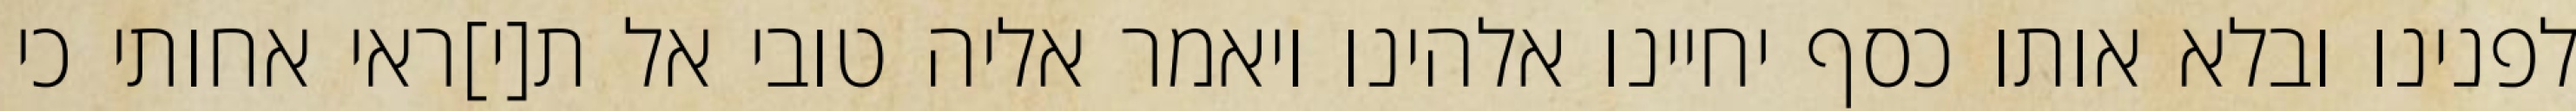
לפנינו ובלא אותו כסף יחיינו אלהינו ויאמר אליה טובי אל ת[י]ראי אחותי כי